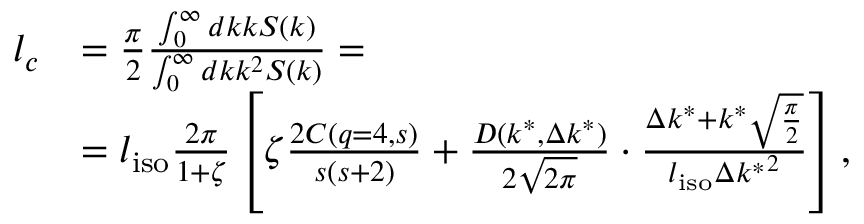
\begin{array} { r l } { l _ { c } } & { = \frac { \pi } { 2 } \frac { \int _ { 0 } ^ { \infty } d k k S ( k ) } { \int _ { 0 } ^ { \infty } d k k ^ { 2 } S ( k ) } = } \\ & { = l _ { \mathrm { i s o } } \frac { 2 \pi } { 1 + \zeta } \left[ \zeta \frac { 2 C ( q = 4 , s ) } { s ( s + 2 ) } + \frac { D ( k ^ { * } , \Delta k ^ { * } ) } { 2 \sqrt { 2 \pi } } \cdot \frac { \Delta k ^ { * } + k ^ { * } \sqrt { \frac { \pi } { 2 } } } { l _ { \mathrm { i s o } } { \Delta k ^ { * } } ^ { 2 } } \right] , } \end{array}